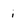
Character: i